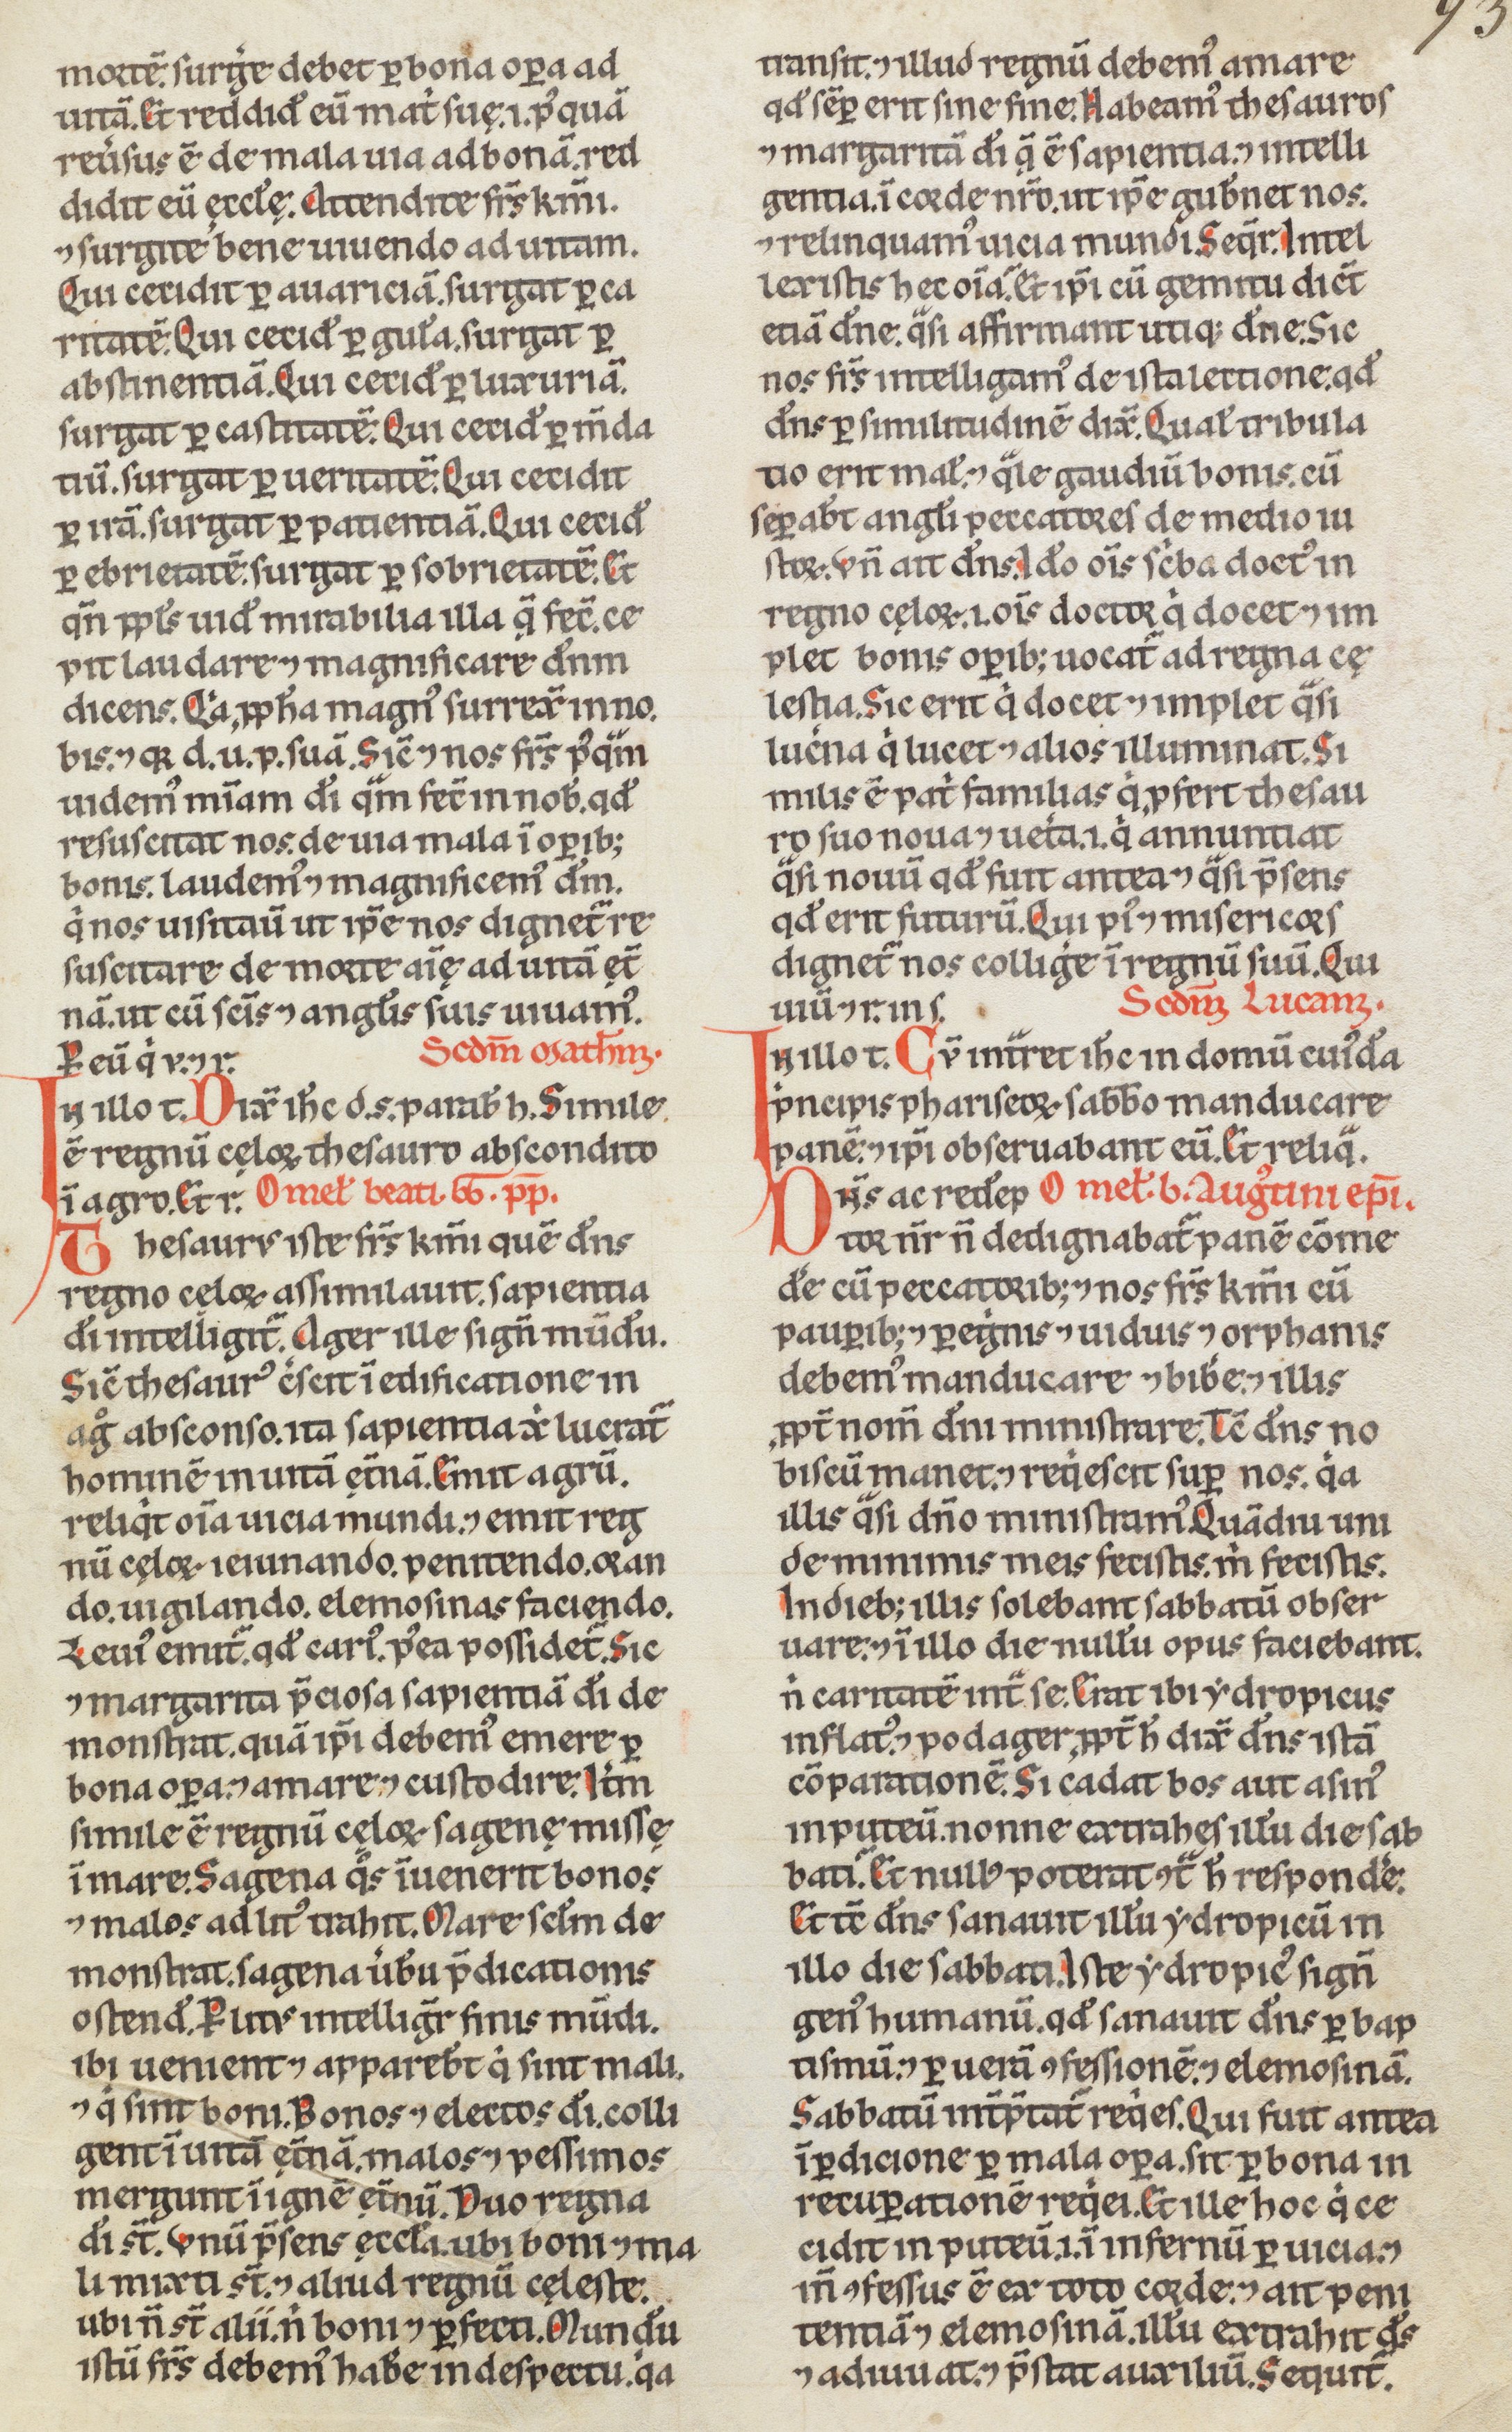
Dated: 1200–1249